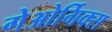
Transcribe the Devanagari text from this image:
गेओर्गिक्स